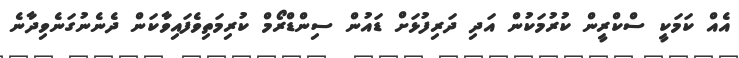
އެއް ކަމަކީ ސްކްރީން ކުރުމަކުން އަދި ދަރިފުޅަށް ޑައުން ސިންޑްރޯމް ކުރިމަތިވެފައިވާކަން ދެނެނުގަނެވިދާނެ